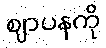
ဈာပနကို